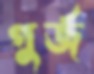
গুর্জ